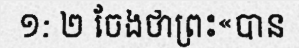
១: ២ ចែងថាព្រះ«បាន